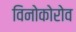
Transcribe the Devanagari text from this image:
विनोकोरोव